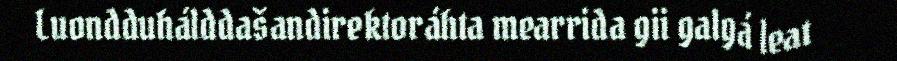
Luondduhálddašandirektoráhta mearrida gii galgá leat